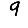
Digit: 9